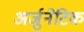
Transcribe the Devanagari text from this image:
अर्जुनेटिक